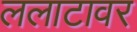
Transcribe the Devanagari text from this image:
ललाटावर